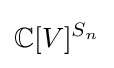
\mathbb {C} [V]^{S_{n}}